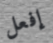
إفعل